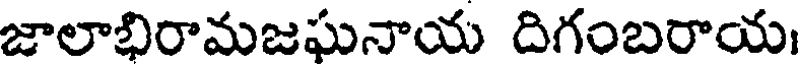
జాలాభిరామజఘనాయ దిగంబరాయ